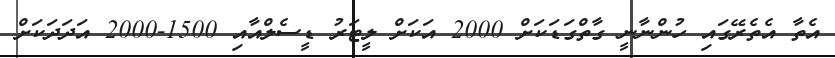
އެތާ އެތެރޭގައި ހުންނާނީ ގާތްގަޑަކަށް 2000 އަކަށް ލީޓަރު ޑީސެލްއާއި 1500-2000 އަދަދަކަށް